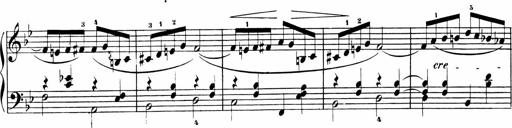
Title: Sonatinas
Composer: Andrew Violette